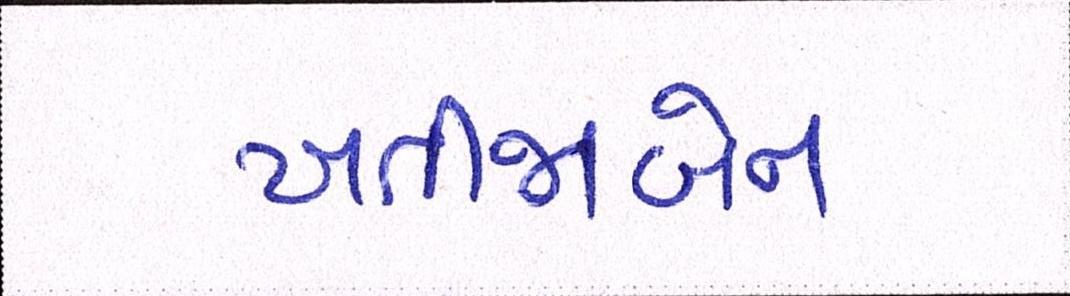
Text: ખતીજાબેન